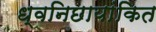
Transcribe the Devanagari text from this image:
ध्वनिछायांकित